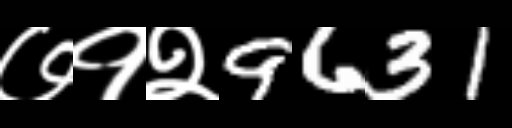
Text: ७१२9631